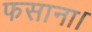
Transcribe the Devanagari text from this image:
फसाना।